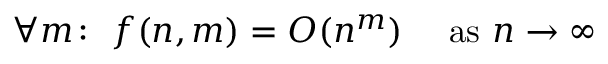
\forall m \colon ~ f ( n , m ) = O ( n ^ { m } ) \quad { \mathrm { ~ a s ~ } } n \to \infty